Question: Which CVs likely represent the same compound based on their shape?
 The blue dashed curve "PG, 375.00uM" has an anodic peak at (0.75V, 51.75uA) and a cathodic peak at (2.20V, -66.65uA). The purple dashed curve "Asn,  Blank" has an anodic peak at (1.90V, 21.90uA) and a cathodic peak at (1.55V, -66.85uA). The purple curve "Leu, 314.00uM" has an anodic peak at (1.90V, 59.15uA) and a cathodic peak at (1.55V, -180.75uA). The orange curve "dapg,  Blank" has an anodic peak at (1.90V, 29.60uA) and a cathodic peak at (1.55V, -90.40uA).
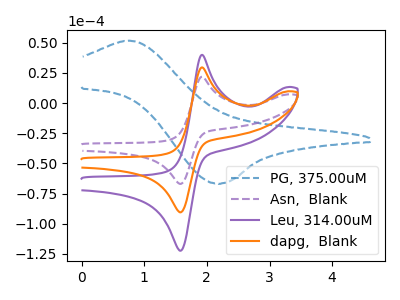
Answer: <think>"PG, 375.00uM" and "Asn,  Blank" have at least one peak that do not match. "PG, 375.00uM" and "Leu, 314.00uM" have at least one peak that do not match. "PG, 375.00uM" and "dapg,  Blank" have at least one peak that do not match. All the peaks in "Asn,  Blank" have a peak in "Leu, 314.00uM" at the same potential. Every peak in "Asn,  Blank" is lower than every peak in "Leu, 314.00uM". All the peaks in "Asn,  Blank" have a peak in "dapg,  Blank" at the same potential. Every peak in "Asn,  Blank" is lower than every peak in "dapg,  Blank". All the peaks in "Leu, 314.00uM" have a peak in "dapg,  Blank" at the same potential. Every peak in "Leu, 314.00uM" is higher than every peak in "dapg,  Blank".
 </think>
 <answer>"Asn,  Blank", "Leu, 314.00uM" and "dapg,  Blank" have the same shape and are likely CV's of the same chemical.</answer>
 <eval>"Asn,  Blank" "Leu, 314.00uM" "dapg,  Blank"</eval>